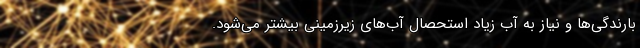
بارندگی‌ها و نیاز به آب زیاد استحصال آب‌های زیرزمینی بیشتر می‌شود.